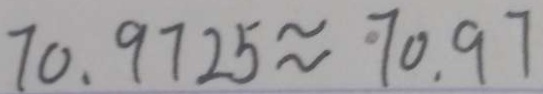
7 0 . 9 7 2 5 \approx 7 0 . 9 7